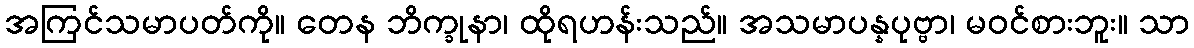
အကြင်သမာပတ်ကို။ တေန ဘိက္ခုနာ၊ ထိုရဟန်းသည်။ အသမာပန္နပုဗ္ဗာ၊ မဝင်စားဘူး။ သာ